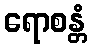
ရောစန္တံ